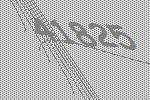
41825